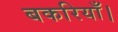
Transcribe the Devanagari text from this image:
बकरियाँ।